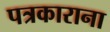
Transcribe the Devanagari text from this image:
पत्रकाराना